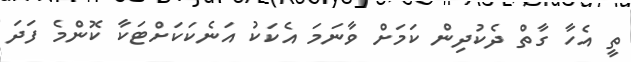
ތީ އެހާ ގާތް ދެކުދިން ކަމަށް ވާނަމަ އެކަކު އަނެކަކަށްޓަކާ ކޮންމެ ފަދަ